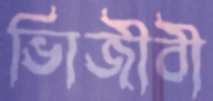
ভািজীবী